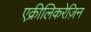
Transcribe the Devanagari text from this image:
एक्रीलिकरेज़िन